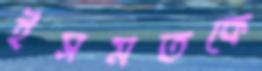
ইসমতকে